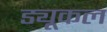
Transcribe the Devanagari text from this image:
ड्यूकल